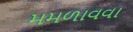
મમળાવવા